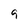
Character: 9